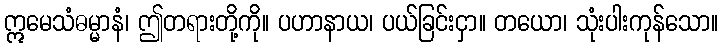
ဣမေသံဓမ္မာနံ၊ ဤတရားတို့ကို။ ပဟာနာယ၊ ပယ်ခြင်းငှာ။ တယော၊ သုံးပါးကုန်သော။